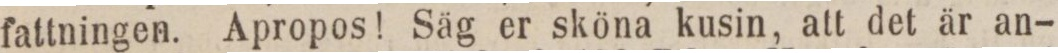
fattningen. Apropos! Säg er sköna kusin, att det är an-